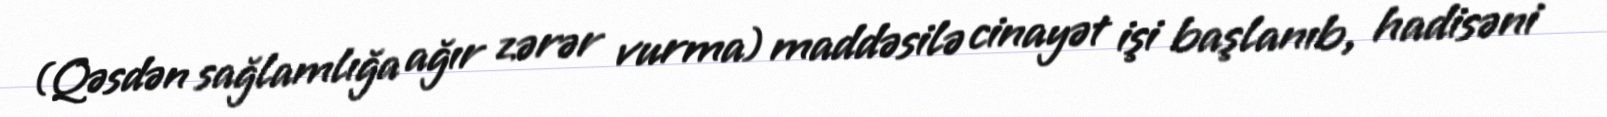
(Qəsdən sağlamlığa ağır zərər vurma) maddəsilə cinayət işi başlanıb, hadisəni